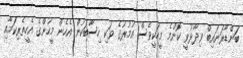
ބަންޑާރަނައިބް ވިދާޅުވީ ކޮންމެ މީހަކީވެސް އުމުރުގެ ވަކި ހިސާބަކުން އެހެން މީހުންގެ އެހީތެރިކަމާއި